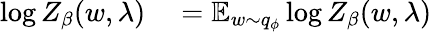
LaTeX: \begin{array}{rl}{\log Z_{\beta}(w,\lambda)}&{{}=\operatorname{\mathbb{E}}_{w\sim q_{\phi}}\log Z_{\beta}(w,\lambda)}\end{array}